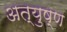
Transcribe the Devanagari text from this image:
अत्युष्ण